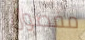
مفصول